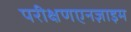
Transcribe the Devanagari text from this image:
परीक्षणएनज़ाइम